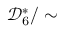
{ \mathcal { D } } _ { 6 } ^ { * } / \sim